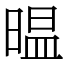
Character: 㬈